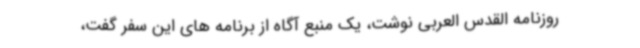
روزنامه القدس العربی نوشت، یک منبع آگاه از برنامه های این سفر گفت،